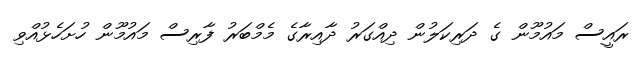
ރައީސް މައުމޫން ގެ ދަރިކަލުން ދިއްގަރު ދާއިރާގެ މެމްބަރު ފާރިސް މައުމޫން ހުށަހެޅުއްވި